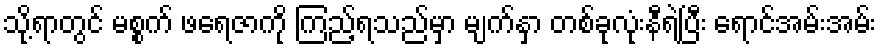
သို့ရာတွင် မစ္စက် ဖရေဇာကို ကြည့်ရသည်မှာ မျက်နှာ တစ်ခုလုံးနီရဲပြီး ရောင်အမ်းအမ်း